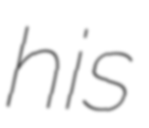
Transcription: his